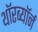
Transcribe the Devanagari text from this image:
थॉरब्यॉर्न